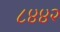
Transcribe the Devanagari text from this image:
८४४२